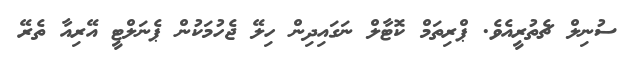
ސުނިލް ޗެތުރީއެވެ. ޕްރިތަމް ކޮޓާލް ނަގައިދިން ހިލޭ ޖެހުމަކުން ޕެނަލްޓީ އޭރިއާ ތެރޭ